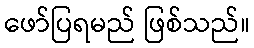
ဖော်ပြရမည် ဖြစ်သည်။